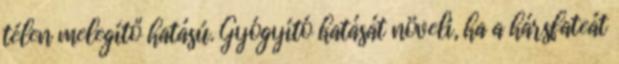
télen melegítő hatású. Gyógyító hatását növeli, ha a hársfateát